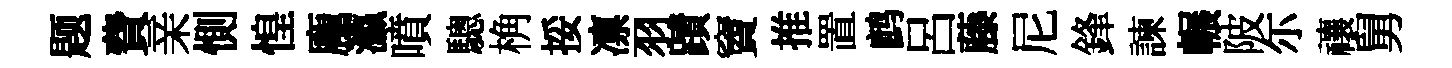
题費亲惻惶龐瀛噴驄桷挼凛羽蹟竇推置鹧呂藤尼鋒諫輾陂尓禳舅